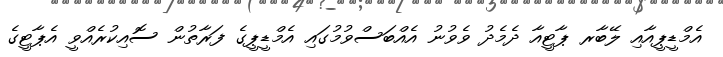
އެމްޑީޕީއާއި ލޭބާރ ޕާޓީއާ ދެމެދު ވެވުނު އެއްބަސްވުމުގައި އެމްޑީޕީގެ ފަރާތުން ސޮއިކުރެއްވީ އެޕާޓީގެ